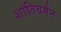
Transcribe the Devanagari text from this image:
शांतिवर्मन